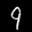
Label: 9